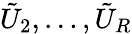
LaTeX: \tilde{U}_{2},\dots,\tilde{U}_{R}